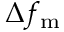
\Delta f _ { \mathrm { m } }